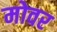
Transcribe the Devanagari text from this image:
मोवर